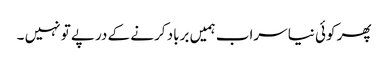
پھر کوئی نیا سراب ہمیں برباد کرنے کے درپے تو نہیں ۔